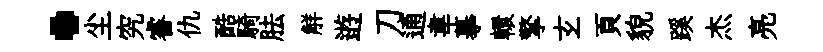
·尘究睿仇酷騎胠觧逰刀通韋摹轘擎𤣥頁貌蹊杰亮